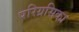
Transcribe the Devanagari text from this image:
परिग्रसिका